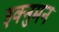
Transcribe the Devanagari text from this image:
इक्नुमन